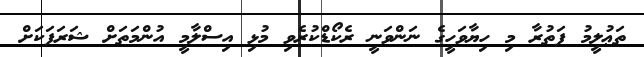
ތަޢުލީމު ފަތުރާ މި ހިޔާވަހީގެ ނަންވަނީ ރެކޯޑްކުރެވި މުޅި އިސްލާމީ އުންމަތަށް ޝަރަފަކަށް